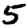
Digit: 5